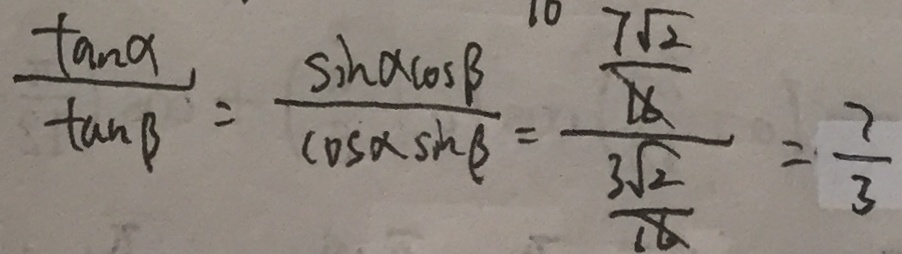
\frac { \tan \alpha } { \tan \beta } = \frac { \sin \alpha \cos \beta } { \cos \alpha \sin \beta } = \frac { \frac { 7 \sqrt { 2 } } { \sqrt { 1 6 } } } { \frac { 3 \sqrt { 2 } } { 1 6 } } = \frac { 7 } { 3 }